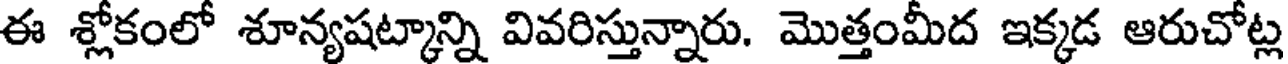
ఈ శ్లోకంలో శూన్యషట్కాన్ని వివరిస్తున్నారు. మొత్తంమీద ఇక్కడ ఆరుచోట్ల